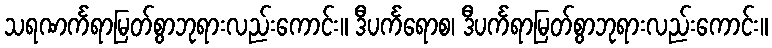
သရဏင်္ကရာမြတ်စွာဘုရားလည်းကောင်း။ ဒီပင်္ကရောစ၊ ဒီပင်္ကရာမြတ်စွာဘုရားလည်းကောင်း။